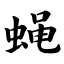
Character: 蝇